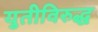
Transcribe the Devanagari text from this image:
युतीविरुद्ध